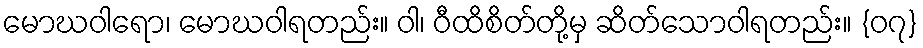
မောဃဝါရော၊ မောဃဝါရတည်း။ ဝါ၊ ဝီထိစိတ်တို့မှ ဆိတ်သောဝါရတည်း။ {၀၇}